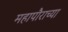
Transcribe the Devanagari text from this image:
महापौराच्या